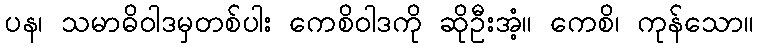
ပန၊ သမာဓိဝါဒမှတစ်ပါး ကေစိဝါဒကို ဆိုဦးအံ့။ ကေစိ၊ ကုန်သော။